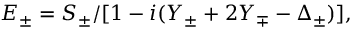
E _ { \pm } = S _ { \pm } / [ 1 - i ( Y _ { \pm } + 2 Y _ { \mp } - \Delta _ { \pm } ) ] ,